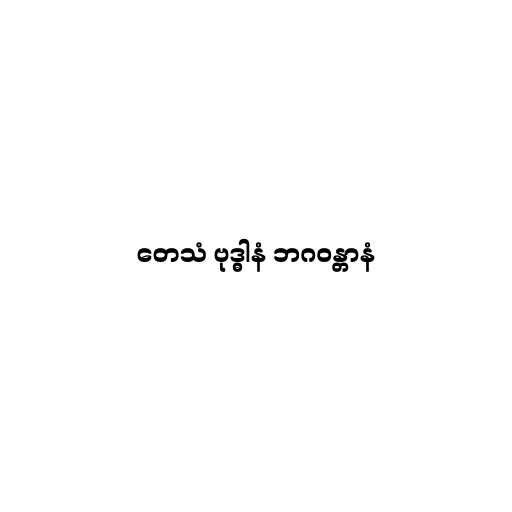
တေသံ ဗုဒ္ဓါနံ ဘဂဝန္တာနံ